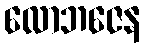
လောဘဇေန